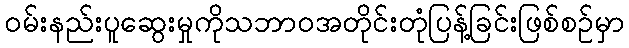
ဝမ်းနည်းပူဆွေးမှုကိုသဘာဝအတိုင်းတုံပြန့်ခြင်းဖြစ်စဉ်မှာ